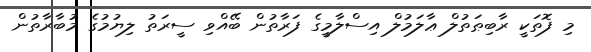
މި ފޮތަކީ ރާބިޠަތުލް ޢާލަމުލް އިސްލާމީގެ ފަރާތުން ބޭއްވި ސީރަތު ލިޔުމުގެ މުބާރާތުން